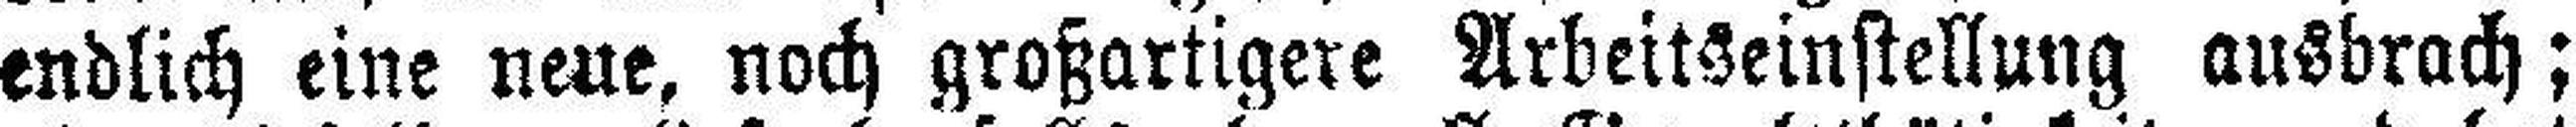
endlich eine neue, noch großartigere Arbeitseinstellung ausbrach;